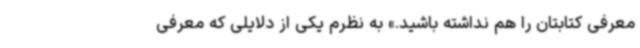
معرفی کتابتان را هم نداشته باشید.» به نظرم یکی از دلایلی که معرفی‌